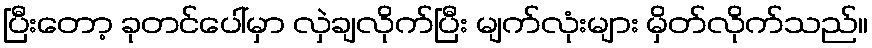
ပြီးတော့ ခုတင်ပေါ်မှာ လှဲချလိုက်ပြီး မျက်လုံးများ မှိတ်လိုက်သည်။